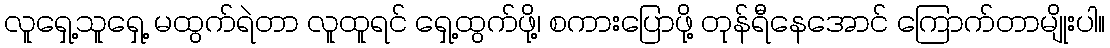
လူရှေ့သူရှေ့ မထွက်ရဲတာ လူထူရင် ရှေ့ထွက်ဖို့၊ စကားပြောဖို့ တုန်ရီနေအောင် ကြောက်တာမျိုးပါ။